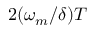
2 ( \omega _ { m } / \delta ) T